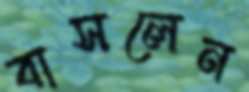
বাসলেন